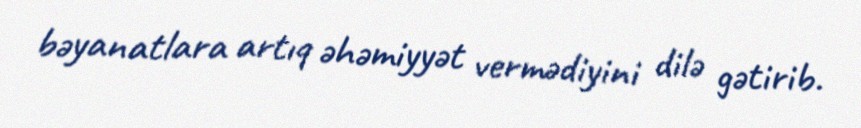
bəyanatlara artıq əhəmiyyət vermədiyini dilə gətirib.